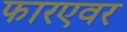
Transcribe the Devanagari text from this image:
फारएवर